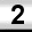
Digit: 2